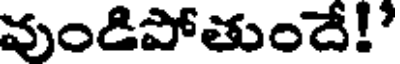
వుండిపోతుందే!'